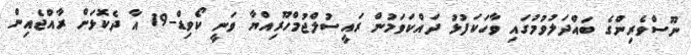
ނޫސްވެރިންގެ ބައްދަލުވުމުގައި ވާހަކަފުޅު ދައްކަވަމުން ރައީސުލްޖުމްހޫރިއްޔާ ވަނީ ކޯވިޑް-19 އާ ދެކޮޅަށް ރާއްޖެއިން